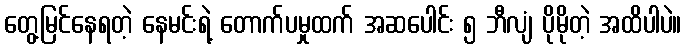
တွေ့မြင်နေရတဲ့ နေမင်းရဲ့ တောက်ပမှုထက် အဆပေါင်း ၅ ဘီလျံ ပိုမိုတဲ့ အထိပါပဲ။